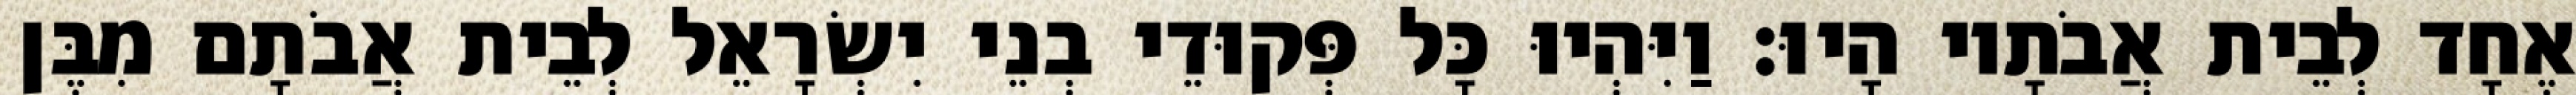
אֶחָד לְבֵית אֲבֹתָיו הָיוּ׃ וַיִּהְיוּ כָּל פְּקוּדֵי בְנֵי יִשְׂרָאֵל לְבֵית אֲבֹתָם מִבֶּן